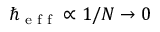
\hbar _ { \textrm { e f f } } \propto 1 / N \to 0